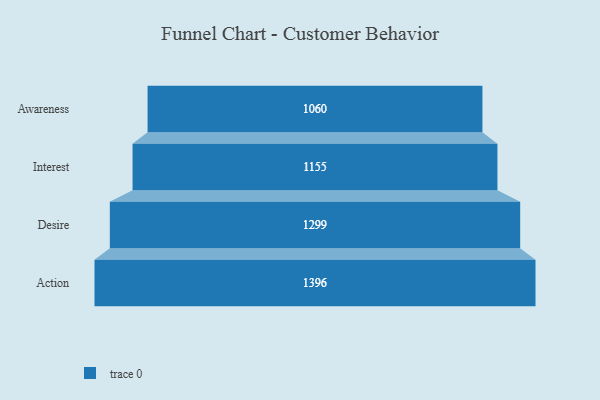
{"axis": {"x": "Stage", "y": "Value"}, "legend": [""], "data": [{"x": "Awareness", "y": 1060.0, "type": ""}, {"x": "Interest", "y": 1155.0, "type": ""}, {"x": "Desire", "y": 1299.0, "type": ""}, {"x": "Action", "y": 1396.0, "type": ""}]}